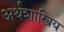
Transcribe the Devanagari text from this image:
अर्थशास्त्रिय